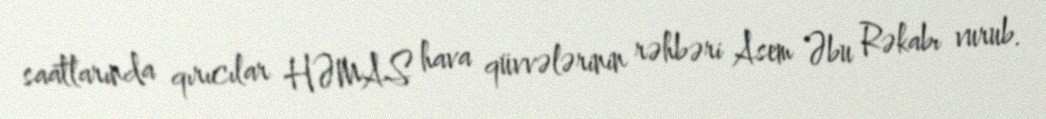
saatlarında qırıcılar HƏMAS hava qüvvələrinin rəhbəri Asem Əbu Rəkabı vurub.